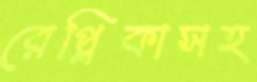
রেপ্লিকাসহ